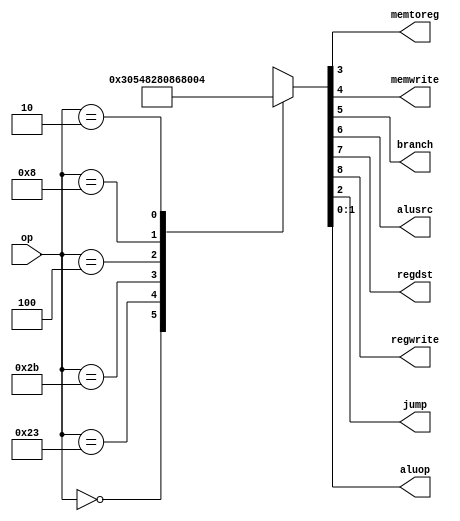
module maindec (input  [5:0] 	op,
		output 		memtoreg, memwrite,
		output 		branch, alusrc,
		output 		regdst, regwrite,
		output 		jump,
		output [1:0] 	aluop);

  reg [8:0] controls;

  assign {regwrite, regdst, alusrc, branch, memwrite,
		memtoreg, jump, aluop} = controls;

  always @*
  	case(op)
		6'b000000: controls <= 9'b110000010; // RTYPE 
		6'b100011: controls <= 9'b101001000; // LW 
		6'b101011: controls <= 9'b001010000; // SW 
		6'b000100: controls <= 9'b000100001; // BEQ 
		6'b001000: controls <= 9'b101000000; // ADDI 
		6'b000010: controls <= 9'b000000100; // J
		default:   controls <= 9'bxxxxxxxxx; // illegal op
	endcase 
endmodule


module aludec  (input [5:0]      funct,
		input [1:0]      aluop,
		output reg [2:0] alucontrol);

  always @*
  	case(aluop)
  		2'b00: alucontrol <= 3'b010; // add (for lw/sw/addi)
		2'b01: alucontrol <= 3'b110; // sub(for beq)
  		default: case(funct) 	     // R-type instructions
  			6'b100000: alucontrol <= 3'b010; // add 
  			6'b100010: alucontrol <= 3'b110; // sub 
  			6'b100100: alucontrol <= 3'b000; // and 
  			6'b100101: alucontrol <= 3'b001; // or 
  			6'b101010: alucontrol <= 3'b111; // slt 
  			default:   alucontrol <= 3'bxxx; // ???
  		endcase 
  	endcase
endmodule